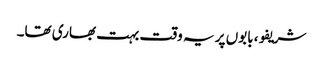
شریفو، بابوں پر یہ وقت بہت بھاری تھا۔